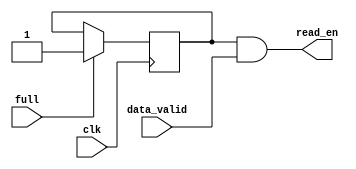
`timescale 1ns / 1ps

module fifo_logic(
    input clk,
    input full,
    input data_valid,
    output read_en
    );
	 
reg full_latch = 'd0;

assign read_en = (full_latch & data_valid);

always @(posedge clk)
begin
	if (full == 1'd1) full_latch <= 'd1;
end

endmodule